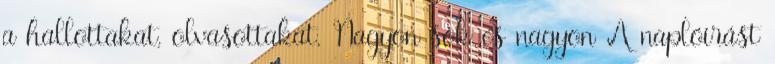
a hallottakat, olvasottakat. Nagyon sok és nagyon A naplóírást